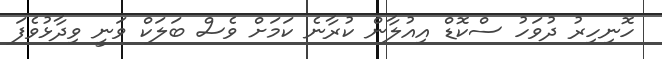
ހޮނިހިރު ދުވަހު ސްކޮޑް އިއުލާން ކުރާނެ ކަމަށް ވެސް ބަލަކް ވަނީ ވިދާޅުވެފަ